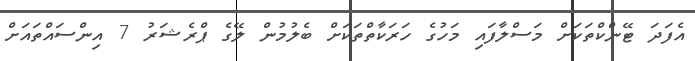
އެފަދަ ޓޭންކްތަކަށް މަސްލާފައި މަހުގެ ހަރަކާތްތަކަށް ބެލުމުން ލޭގެ ޕްރެޝަރު 7 އިންސައްތައަށް